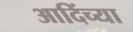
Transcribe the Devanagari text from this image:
आदिंच्या